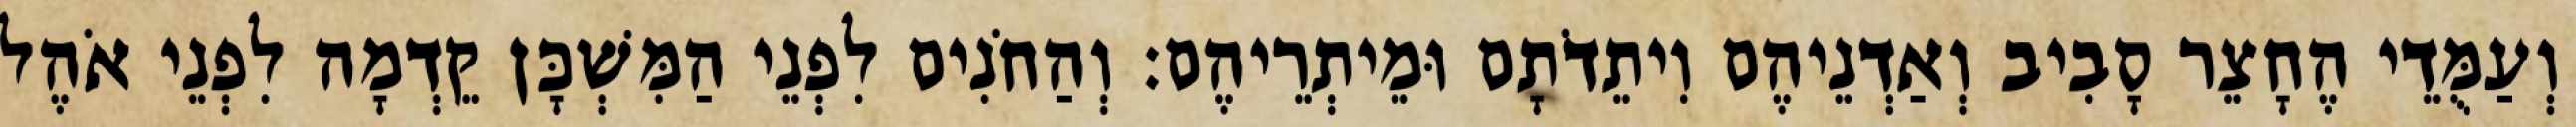
וְעַמֻּדֵי הֶחָצֵר סָבִיב וְאַדְנֵיהֶם וִיתֵדֹתָם וּמֵיתְרֵיהֶם׃ וְהַחֹנִים לִפְנֵי הַמִּשְׁכָּן קֵדְמָה לִפְנֵי אֹהֶל